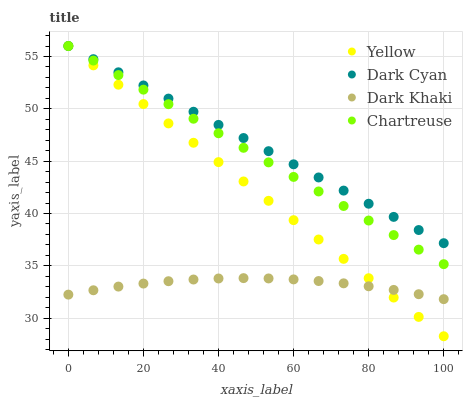
| xaxis_label | Yellow | Dark Cyan | Dark Khaki | Chartreuse |
 | --- | --- | --- | --- | --- |
 | 0 | 56 | 56 | 32.2 | 56 |
 | 6.67 | 54.2 | 54.7 | 32.7 | 54.6 |
 | 13.3 | 52.3 | 53.5 | 33 | 53.2 |
 | 20 | 50.5 | 52.2 | 33.3 | 51.8 |
 | 26.7 | 48.6 | 51 | 33.5 | 50.4 |
 | 33.3 | 46.8 | 49.7 | 33.7 | 49.1 |
 | 40 | 44.9 | 48.5 | 33.8 | 47.7 |
 | 46.7 | 43.1 | 47.2 | 33.8 | 46.3 |
 | 53.3 | 41.2 | 46 | 33.8 | 44.9 |
 | 60 | 39.4 | 44.7 | 33.7 | 43.5 |
 | 66.7 | 37.5 | 43.4 | 33.5 | 42.1 |
 | 73.3 | 35.7 | 42.2 | 33.3 | 40.7 |
 | 80 | 33.8 | 40.9 | 33 | 39.3 |
 | 86.7 | 32 | 39.7 | 32.7 | 37.9 |
 | 93.3 | 30.1 | 38.4 | 32.3 | 36.5 |
 | 100 | 28.3 | 37.2 | 31.8 | 35.2 |